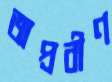
অপ্রবীণ